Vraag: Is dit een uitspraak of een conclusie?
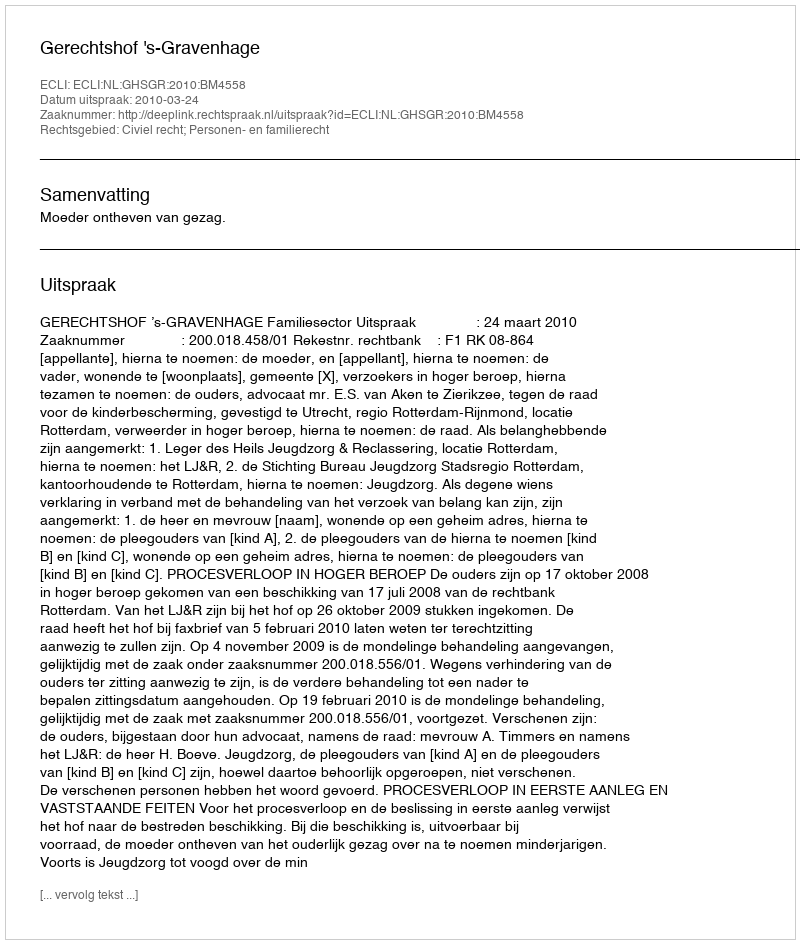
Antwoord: Uitspraak